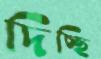
দিচ্ছি